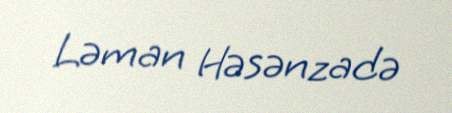
Ləman Həsənzadə